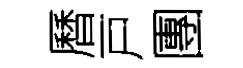
曆戸團